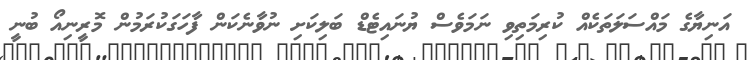
އަނިޔާގެ މައްސަލަތަކެއް ކުރިމަތިވި ނަމަވެސް ޔުނައިޓެޑް ބަލިކަށި ނުވާނެކަން ފާހަގަކުރަމުން މޮރީނިއޯ ބުނީ